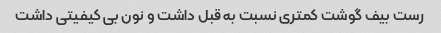
رست بیف گوشت کمتری نسبت به قبل داشت و نون بی کیفیتی داشت